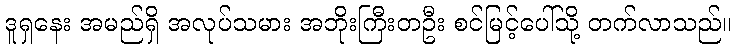
ဒူရှနေး အမည်ရှိ အလုပ်သမား အဘိုးကြီးတဦး စင်မြင့်ပေါ်သို့ တက်လာသည်။